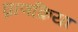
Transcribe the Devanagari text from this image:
घ्राणक्रिया